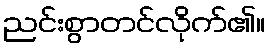
ညင်းစွာတင်လိုက်၏။